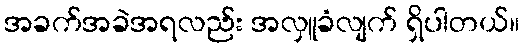
အခက်အခဲအရလည်း အလှူခံလျက် ရှိပါတယ်။